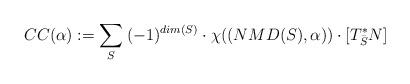
LaTeX: \begin{align*} CC(\alpha):= \sum_S \: (-1)^{dim(S)}\cdot \chi((NMD(S),\alpha))\cdot \left[T^*_{\bar{S}}N\right]\end{align*}